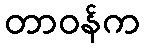
တာဝန်က